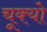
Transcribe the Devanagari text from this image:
चूक्यो